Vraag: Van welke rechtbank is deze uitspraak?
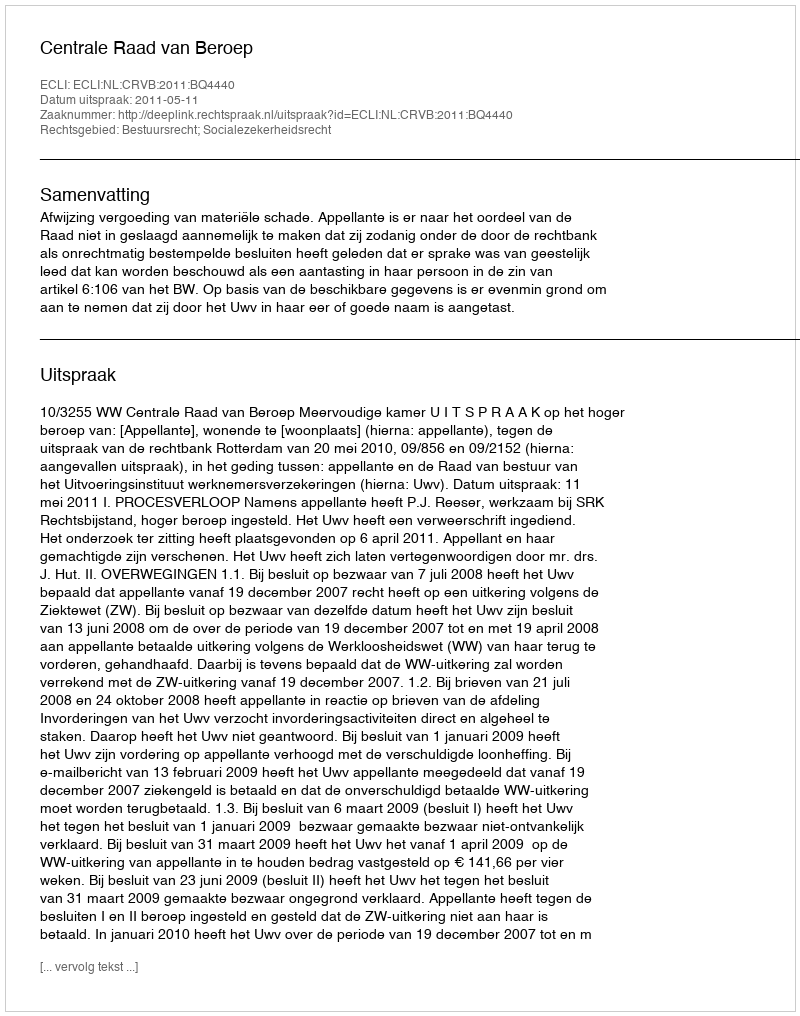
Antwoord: Centrale Raad van Beroep